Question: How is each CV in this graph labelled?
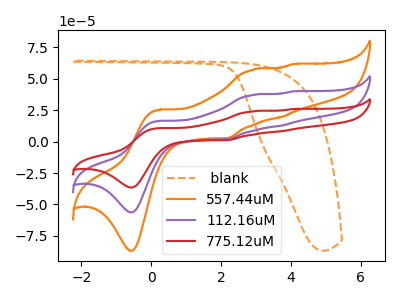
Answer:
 <answer>The orange dashed curve is labeled " blank". The orange curve is labeled "557.44uM". The purple curve is labeled "112.16uM". The red curve is labeled "775.12uM".</answer>
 <eval></eval>